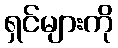
ရှင်များကို